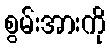
စွမ်းအားကို